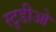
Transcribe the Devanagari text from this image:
स्टुडीओ